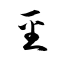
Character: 坙